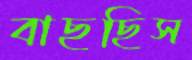
বাছছিস